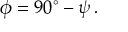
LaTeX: \phi = 9 0 { } ^ { \circ } - \psi \, .